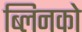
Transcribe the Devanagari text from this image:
ब्लिनको